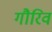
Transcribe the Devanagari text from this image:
गौरिव